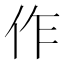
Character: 作